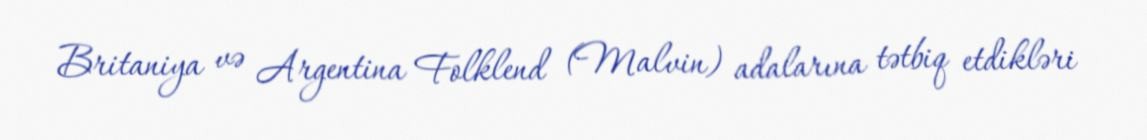
Britaniya və Argentina Folklend (Malvin) adalarına tətbiq etdikləri